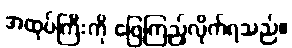
အထုပ်ကြီးကို ဖြေကြည့်လိုက်ရသည်။